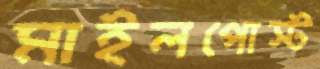
মাইলপোস্ট